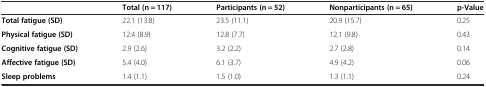
<table><thead><tr><td></td><td><b>Total (n = 117)</b></td><td><b>Participants (n = 52)</b></td><td><b>Nonparticipants (n = 65)</b></td><td><b>p-Value</b></td></tr></thead><tbody><tr><td><b>Total fatigue (SD)</b></td><td>22.1 (13.8)</td><td>23.5 (11.1)</td><td>20.9 (15.7)</td><td>0.25</td></tr><tr><td><b>Physical fatigue (SD)</b></td><td>12.4 (8.9)</td><td>12.8 (7.7)</td><td>12.1 (9.8)</td><td>0.43</td></tr><tr><td><b>Cognitive fatigue (SD)</b></td><td>2.9 (2.6)</td><td>3.2 (2.2)</td><td>2.7 (2.8)</td><td>0.14</td></tr><tr><td><b>Affective fatigue (SD)</b></td><td>5.4 (4.0)</td><td>6.1 (3.7)</td><td>4.9 (4.2)</td><td>0.06</td></tr><tr><td><b>Sleep problems</b></td><td>1.4 (1.1)</td><td>1.5 (1.0)</td><td>1.3 (1.1)</td><td>0.24</td></tr></tbody></table>